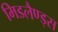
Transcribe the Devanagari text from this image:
मिडलैण्ड्स